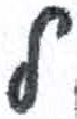
אות: מ